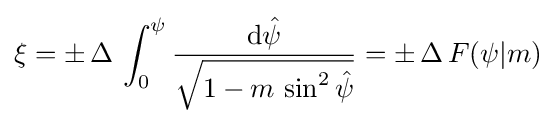
\xi =\pm \,\Delta \,\int _{0}^{\psi }{\frac {{\text{d}}{\hat {\psi }}}{\sqrt {1-m\,\sin ^{2}{\hat {\psi }}}}}=\pm \,\Delta \,F(\psi |m)